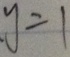
y = 1